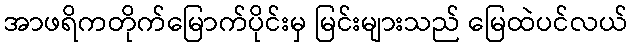
အာဖရိကတိုက်မြောက်ပိုင်းမှ မြင်းများသည် မြေထဲပင်လယ်